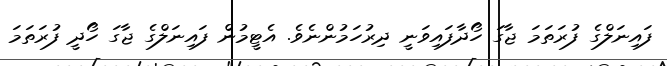
ފައިނަލްގެ ފުރަތަމަ ޖާގަ ހޯދާފައިވަނީ ދިރުހަމުންނެވެ. އެޓީމުން ފައިނަލްގެ ޖާގަ ހޯދީ ފުރަތަމަ